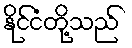
နိုင်ငံတို့သည်